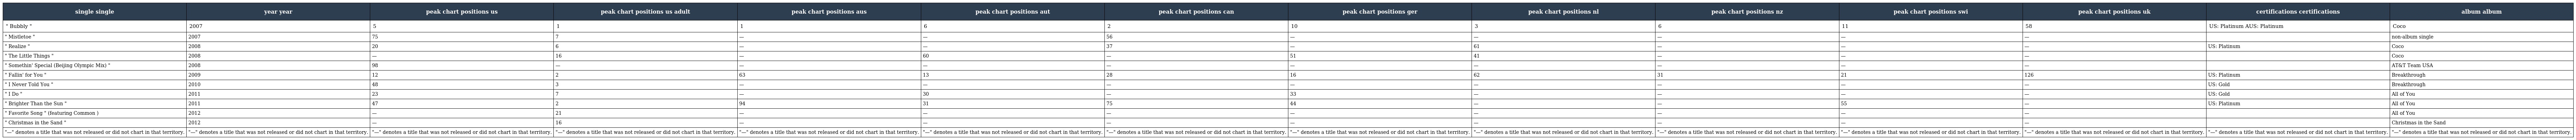
| single single | year year | peak chart positions us | peak chart positions us adult | peak chart positions aus | peak chart positions aut | peak chart positions can | peak chart positions ger | peak chart positions nl | peak chart positions nz | peak chart positions swi | peak chart positions uk | certifications certifications | album album |
 | --- | --- | --- | --- | --- | --- | --- | --- | --- | --- | --- | --- | --- | --- |
 | " Bubbly " | 2007 | 5 | 1 | 1 | 6 | 2 | 10 | 3 | 6 | 11 | 58 | US: Platinum AUS: Platinum | Coco |
 | " Mistletoe " | 2007 | 75 | 7 | — | — | 56 | — | — | — | — | — |  | non-album single |
 | " Realize " | 2008 | 20 | 6 | — | — | 37 | — | 61 | — | — | — | US: Platinum | Coco |
 | " The Little Things " | 2008 | — | 16 | — | 60 | — | 51 | 41 | — | — | — |  | Coco |
 | " Somethin' Special (Beijing Olympic Mix) " | 2008 | 98 | — | — | — | — | — | — | — | — | — |  | AT&T Team USA |
 | " Fallin' for You " | 2009 | 12 | 2 | 63 | 13 | 28 | 16 | 62 | 31 | 21 | 126 | US: Platinum | Breakthrough |
 | " I Never Told You " | 2010 | 48 | 3 | — | — | — | — | — | — | — | — | US: Gold | Breakthrough |
 | " I Do " | 2011 | 23 | 7 | — | 30 | — | 33 | — | — | — | — | US: Gold | All of You |
 | " Brighter Than the Sun " | 2011 | 47 | 2 | 94 | 31 | 75 | 44 | — | — | 55 | — | US: Platinum | All of You |
 | " Favorite Song " (featuring Common ) | 2012 | — | 21 | — | — | — | — | — | — | — | — |  | All of You |
 | " Christmas in the Sand " | 2012 | — | 16 | — | — | — | — | — | — | — | — |  | Christmas in the Sand |
 | "—" denotes a title that was not released or did not chart in that territory. | "—" denotes a title that was not released or did not chart in that territory. | "—" denotes a title that was not released or did not chart in that territory. | "—" denotes a title that was not released or did not chart in that territory. | "—" denotes a title that was not released or did not chart in that territory. | "—" denotes a title that was not released or did not chart in that territory. | "—" denotes a title that was not released or did not chart in that territory. | "—" denotes a title that was not released or did not chart in that territory. | "—" denotes a title that was not released or did not chart in that territory. | "—" denotes a title that was not released or did not chart in that territory. | "—" denotes a title that was not released or did not chart in that territory. | "—" denotes a title that was not released or did not chart in that territory. | "—" denotes a title that was not released or did not chart in that territory. | "—" denotes a title that was not released or did not chart in that territory. |